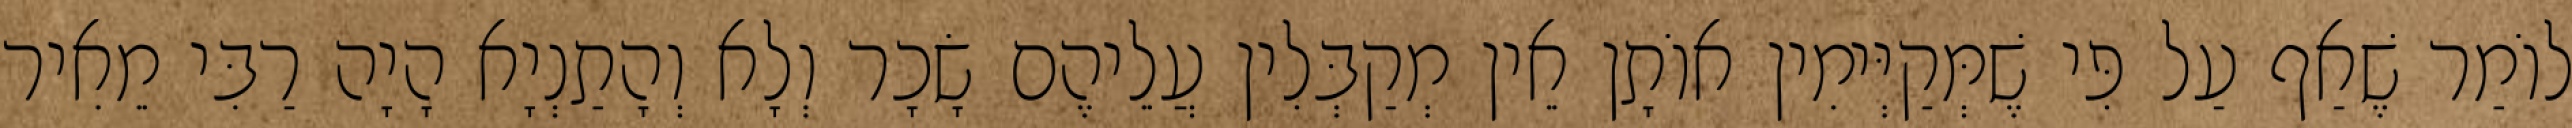
לוֹמַר שֶׁאַף עַל פִּי שֶׁמְּקַיְּימִין אוֹתָן אֵין מְקַבְּלִין עֲלֵיהֶם שָׂכָר וְלָא וְהָתַנְיָא הָיָה רַבִּי מֵאִיר